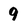
Character: 9